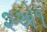
૨એ૧